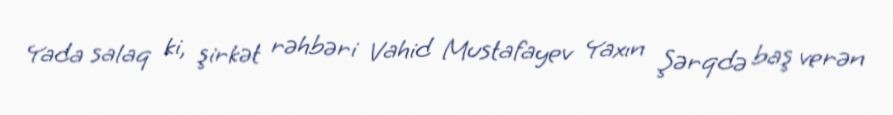
Yada salaq ki, şirkət rəhbəri Vahid Mustafayev Yaxın Şərqdə baş verən